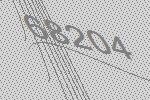
68204